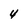
Character: 4